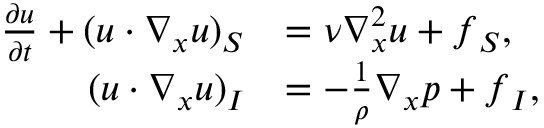
\begin{array} { r l } { \frac { \partial \boldsymbol { u } } { \partial t } + ( \boldsymbol { u } \cdot \nabla _ { \boldsymbol { x } } \boldsymbol { u } ) _ { S } } & { = \nu \nabla _ { \boldsymbol { x } } ^ { 2 } \boldsymbol { u } + \boldsymbol { f } _ { S } , } \\ { ( \boldsymbol { u } \cdot \nabla _ { \boldsymbol { x } } \boldsymbol { u } ) _ { I } } & { = - \frac { 1 } { \rho } \nabla _ { \boldsymbol { x } } p + \boldsymbol { f } _ { I } , } \end{array}